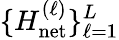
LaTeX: \{ H_{\mathrm{net}}^{(\ell)}\} _{\ell=1}^{L}